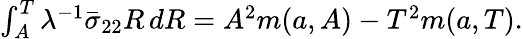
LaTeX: \begin{array}{r}{\int_{A}^{T}\lambda^{-1}\bar{\sigma}_{22}R\, dR=A^{2}m({a},A)-T^{2}m({a},T).}\end{array}